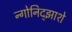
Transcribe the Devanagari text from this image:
न्गोनिद्झाशे